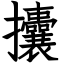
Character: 攮